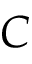
C